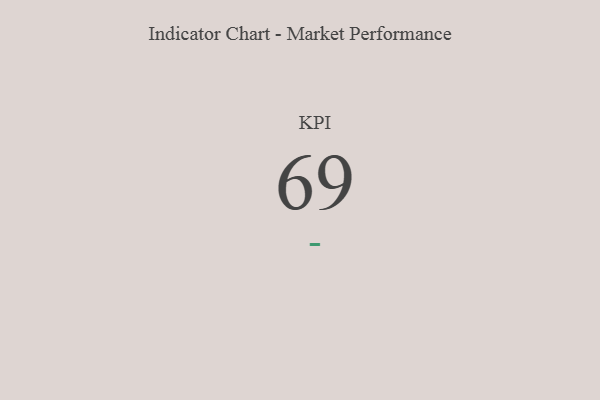
{"axis": {"x": "KPI", "y": "Value"}, "legend": [""], "data": [{"x": "KPI", "y": 69, "type": ""}]}